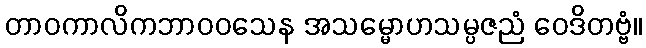
တာဝကာလိကဘာဝဝသေန အသမ္မောဟသမ္ပဇညံ ဝေဒိတဗ္ဗံ။